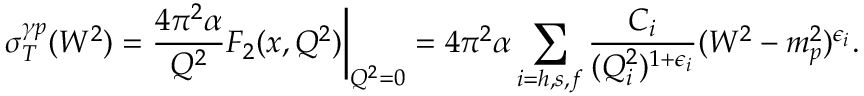
\sigma _ { T } ^ { \gamma p } ( W ^ { 2 } ) = \frac { 4 \pi ^ { 2 } \alpha } { Q ^ { 2 } } F _ { 2 } ( x , Q ^ { 2 } ) \bigg | _ { Q ^ { 2 } = 0 } = 4 \pi ^ { 2 } \alpha \sum _ { i = h , s , f } \frac { C _ { i } } { ( Q _ { i } ^ { 2 } ) ^ { 1 + \epsilon _ { i } } } ( W ^ { 2 } - m _ { p } ^ { 2 } ) ^ { \epsilon _ { i } } .